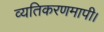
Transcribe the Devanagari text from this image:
व्यतिकरणमापी।